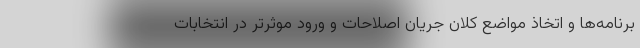
برنامه‌ها و اتخاذ مواضع کلان جریان اصلاحات و ورود موثرتر در انتخابات